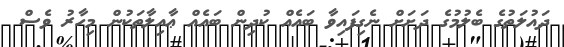
ދައުލަތުގެ ބެލުމުގެ ދަށަށް ނެގިފައިވާ ބައެއް ކުދިން ބައެއް ޢާއިލާތަކުން މިހާރު ވެސް